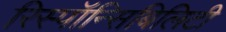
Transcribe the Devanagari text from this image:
रिस्पॉन्सिबिलिटी